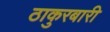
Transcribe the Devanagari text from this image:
ठाकुरबारी